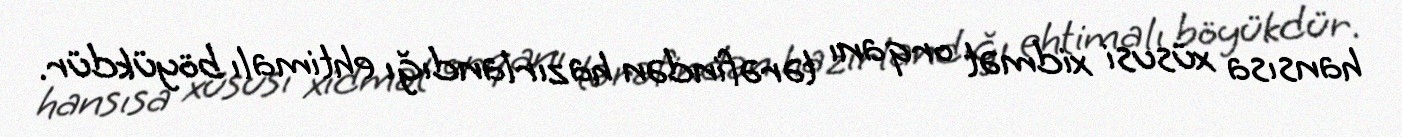
hansısa xüsusi xidmət orqanı tərəfindən hazırlandığı ehtimalı böyükdür.